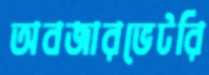
অবজারভেটরি